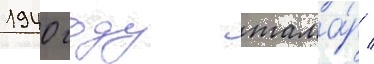
1940 году тама́р /